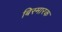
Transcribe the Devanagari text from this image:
बिस्मारक